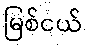
မြစ်ငယ်